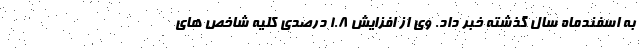
به اسفندماه سال گذشته خبر داد. وی از افزایش ۱.۸ درصدی کلیه شاخص های